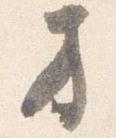
方